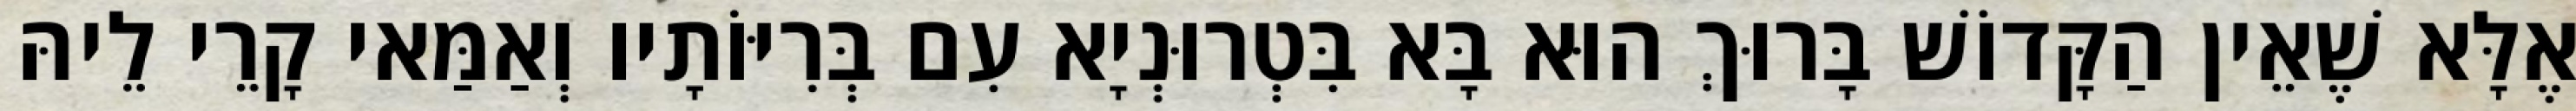
אֶלָּא שֶׁאֵין הַקָּדוֹשׁ בָּרוּךְ הוּא בָּא בִּטְרוּנְיָא עִם בְּרִיּוֹתָיו וְאַמַּאי קָרֵי לֵיהּ